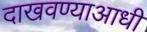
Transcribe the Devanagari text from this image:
दाखवण्याआधी